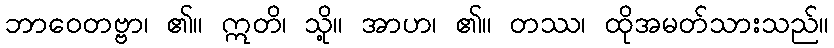
ဘာဝေတဗ္ဗာ၊ ၏။ ဣတိ၊ သို့။ အာဟ၊ ၏။ တဿ၊ ထိုအမတ်သားသည်။